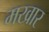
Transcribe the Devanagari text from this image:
मखार